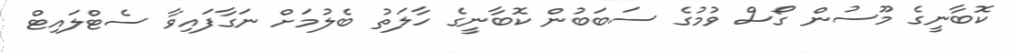
ކޮބާނީގެ މޫސުން ގޯސް ވުމުގެ ސަބަބުން ކޮބާނީގެ ހާލަތު ބެލުމަށް ނަގާފައިވާ ސެޓްލައިޓް